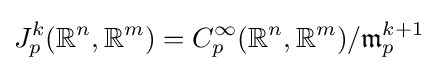
J_{p}^{k}({\mathbb {R} }^{n},{\mathbb {R} }^{m})=C_{p}^{\infty }({\mathbb {R} }^{n},{\mathbb {R} }^{m})/{\mathfrak {m}}_{p}^{k+1}